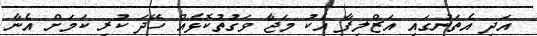
އަދި އެތަނުގައި އަޒްލިފާ އެކު މަޖާ ވަގުތުކޮޅެއް ހޭދަ ކުރި ކަމަށް އެނާ